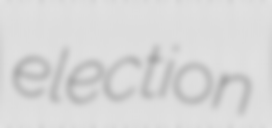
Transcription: election